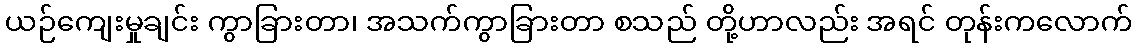
ယဉ်ကျေးမှုချင်း ကွာခြားတာ၊ အသက်ကွာခြားတာ စသည် တို့ဟာလည်း အရင် တုန်းကလောက်